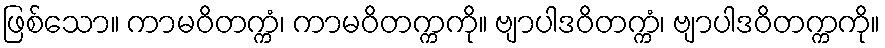
ဖြစ်သော။ ကာမဝိတက္ကံ၊ ကာမဝိတက္ကကို။ ဗျာပါဒဝိတက္ကံ၊ ဗျာပါဒဝိတက္ကကို။